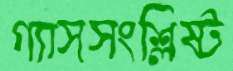
গ্যাসসংশ্লিষ্ট